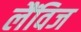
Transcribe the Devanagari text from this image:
लैंविज